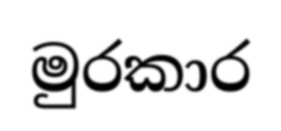
මුරකාර